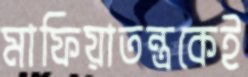
মাফিয়াতন্ত্রকেই